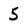
Character: 5